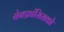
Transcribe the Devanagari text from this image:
सेनफ्रांसिसको